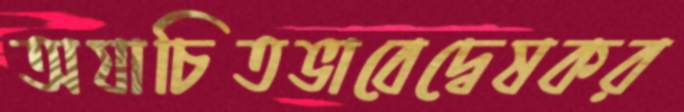
অযাচিতভাবেদ্বেষকর